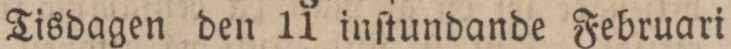
Tisdagen den 11 inſtundande Februari